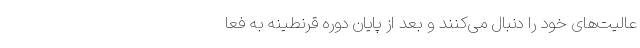
عالیت‌های خود را دنبال می‌کنند و بعد از پایان دوره قرنطینه به فعا